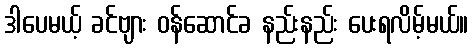
ဒါပေမယ့် ခင်ဗျား ဝန်ဆောင်ခ နည်းနည်း ပေးရလိမ့်မယ်။